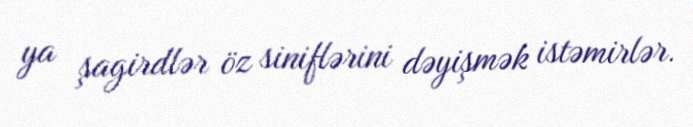
ya şagirdlər öz siniflərini dəyişmək istəmirlər.